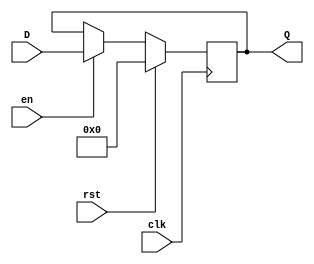
`timescale 1ns / 1ps

module register #(
  parameter WIDTH=32
)(
  input clk,
  input rst,
  input en,

  input [WIDTH-1:0] D,
  output [WIDTH-1:0] Q
);

reg [WIDTH-1:0] Q_reg;

always @(posedge clk) begin
  if (rst) begin
    Q_reg <= 0;
  end else if (en) begin
    Q_reg <= D;
  end else begin
    Q_reg <= Q_reg;
  end
end

assign Q = Q_reg;

endmodule